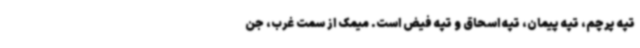
تپه پرچم، تپه پیمان، تپه اسحاق و تپه فیض است. میمک از سمت غرب، جن